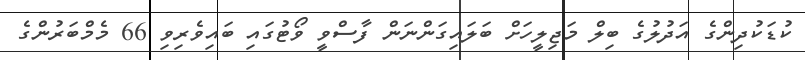
ކުޑަކުދިންގެ އަދުލުގެ ބިލް މަޖިލީހަށް ބަލައިގަންނަން ފާސްވީ ވޯޓުގައި ބައިވެރިވި 66 މެމްބަރުންގެ